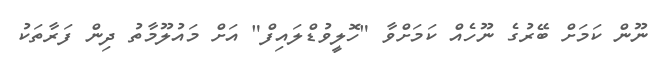
ނޫން ކަމަށް ބޭރުގެ ނޫހެއް ކަމަށްވާ "ހޮލީވުޑްލައިފް" އަށް މައުލޫމާތު ދިން ފަރާތަކު